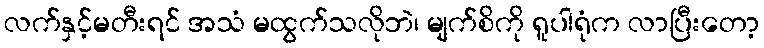
လက်နှင့်မတီးရင် အသံ မထွက်သလိုဘဲ၊ မျက်စိကို ရူပါရုံက လာပြီးတော့